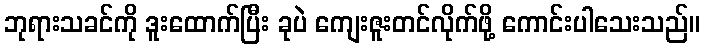
ဘုရားသခင်ကို ဒူးထောက်ပြီး ခုပဲ ကျေးဇူးတင်လိုက်ဖို့ ကောင်းပါသေးသည်။